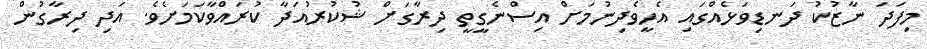
މިފަދަ ނާޒުކު ދަނޑިވަޅެއްގައި އެހީވެދިނުމަށް އިސްނެގީތީ ދިރާގަށް ޝުކުުރުއަދާ ކުރައްވާކަމަށެވެ. އަދި ދިރާގުން